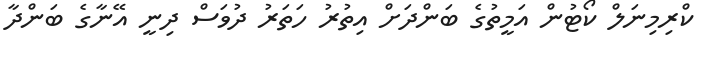
ކްރިމިނަލް ކޯޯޓުން އަމީތުގެ ބަންދަށް އިތުރު ހަތަރު ދުވަސް ދިނީ އޭނާގެ ބަންދާ